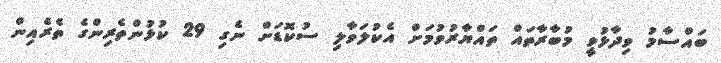
ބައްސާމު ވިދާޅުވީ މުބާރާތައް ތައްޔާރުވުމަށް އެކުލަވާލި ސުކޮޑަށް ނެގި 29 ކުޅުންތެރިންގެ ތެރެއިން